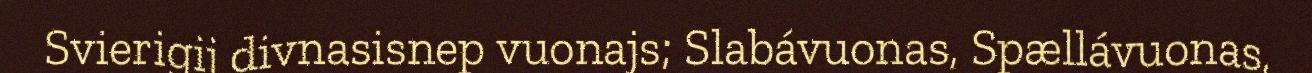
Svierigij divnasisnep vuonajs; Slabávuonas, Spællávuonas,